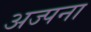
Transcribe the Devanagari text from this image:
अज्पना